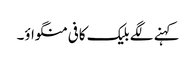
کہنے لگے بلیک کافی منگواؤ۔